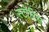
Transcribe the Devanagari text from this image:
स्टोरिस